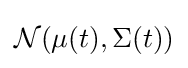
{\mathcal {N}}(\mu (t),\Sigma (t))